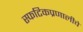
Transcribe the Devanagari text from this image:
स्फटिकप्रणालीचे